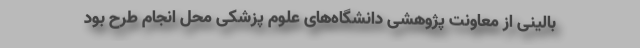
بالینی از معاونت پژوهشی دانشگاه‌‌های علوم پزشکی محل انجام طرح بود